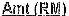
AMT(RM)